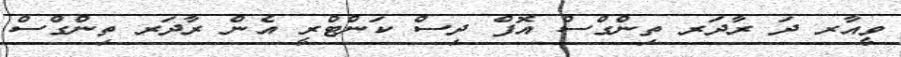
ވީއާރ ދަ ރާދަރ ތިންގްސް އޮފް ދިސް ކަންޓްރީ އެން ރާދަރ ތިންގްސް